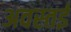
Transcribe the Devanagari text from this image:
अवस्तई